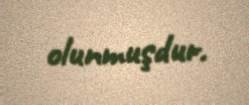
olunmuşdur.